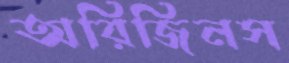
অরিজিনস